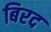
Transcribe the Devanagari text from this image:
बिरद